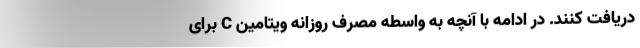
دریافت کنند. در ادامه با آنچه به واسطه مصرف روزانه ویتامین C برای